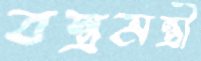
বস্ত্রমন্ত্রী